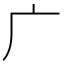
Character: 广